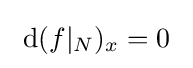
\ \operatorname {d} (f|_{N})_{x}=0~